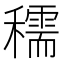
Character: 穤